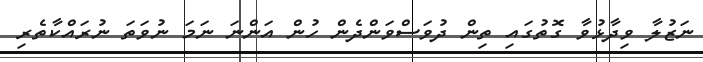
ނަޒުލާ ވިދާޅުވާ ގޮތުގައި ތިން ދުވަސްވަންދެން ހުން އަންނަ ނަމަ ނުވަތަ ނުރައްކާތެރި